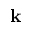
\mathbf { k }